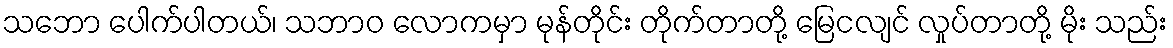
သဘော ပေါက်ပါတယ်၊ သဘာဝ လောကမှာ မုန်တိုင်း တိုက်တာတို့ မြေငလျင် လှုပ်တာတို့ မိုး သည်း